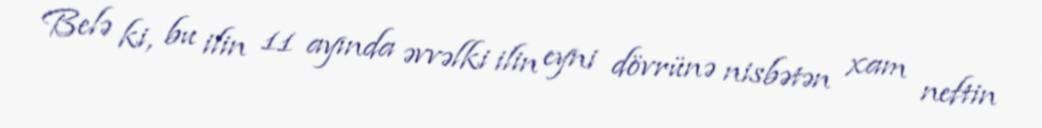
Belə ki, bu ilin 11 ayında əvvəlki ilin eyni dövrünə nisbətən xam neftin